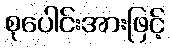
စုပေါင်းအားဖြင့်